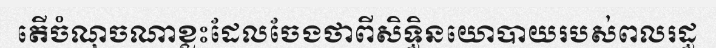
តើចំណុចណាខ្លះដែលចែងថាពីសិទ្ធិនយោបាយរបស់ពលរដ្ធ